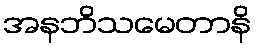
အနဘိသမေတာနိ